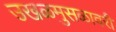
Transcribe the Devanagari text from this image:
उखळमुसळावरी